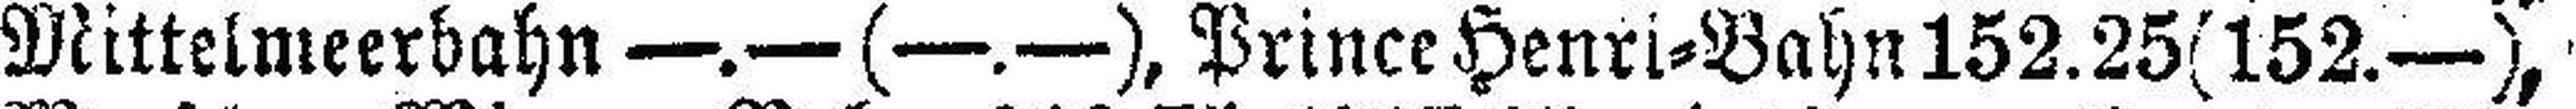
Mittelmeerbahn —.— (—.—), Prince Henri=Bahn 152.25(152.—),